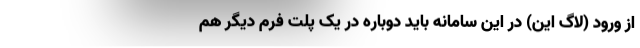
از ورود (لاگ این) در این سامانه باید دوباره در یک پلت فرم دیگر هم